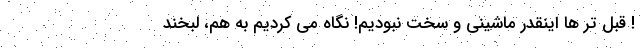
! قبل تر ها اینقدر ماشینی و سخت نبودیم! نگاه می کردیم به هم، لبخند